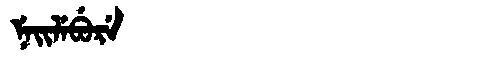
Manchu: ᠨᡝᡳᠯᡝᠪᡠᡵᡝ
Romanization: NEILEBURE